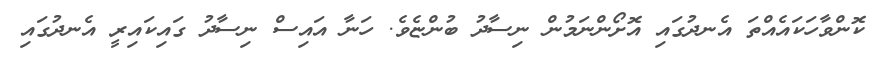
ކޮންވާހަކައެއްތަ އެނދުގައި އޮށޯންނަމުން ނިސާދު ބުންޏެވެ. ހަނާ އައިސް ނިސާދު ގައިކައިރީ އެނދުގައި